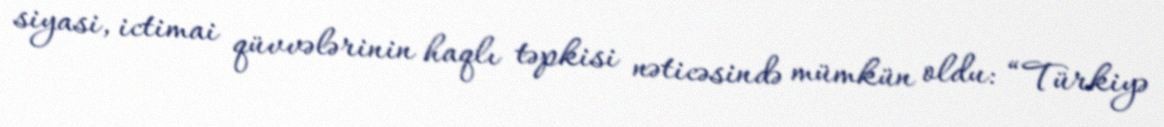
siyasi, ictimai qüvvələrinin haqlı təpkisi nəticəsində mümkün oldu: “Türkiyə